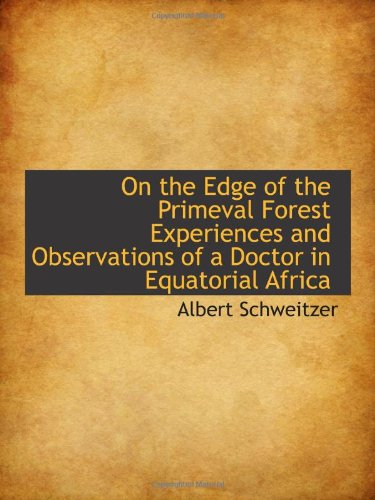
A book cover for On the Edge of the Primeval Forest Experiences and Observations of a Doctor in Equatorial Africa; Albert Schweitzer; Travel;